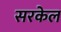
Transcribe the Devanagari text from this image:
सरकेल